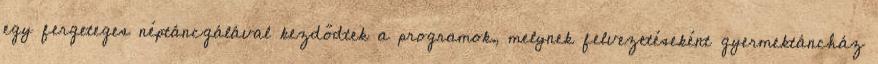
egy fergeteges néptáncgálával kezdődtek a programok, melynek felvezetéseként gyermektáncház